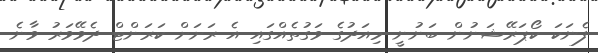
ފެނަކަ ކޯޕަރޭޝަނުން ބަނުނީ މިއަދުގެ ވަގުތެއްގައި އެ ރަށަށް ކަރަންޓް ދެވޭވަރު ވާނެ